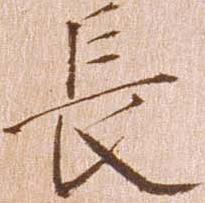
長